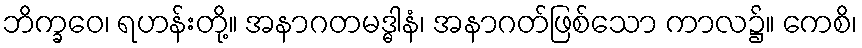
ဘိက္ခဝေ၊ ရဟန်းတို့။ အနာဂတမဒ္ဓါနံ၊ အနာဂတ်ဖြစ်သော ကာလ၌။ ကေစိ၊